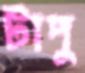
টাপু